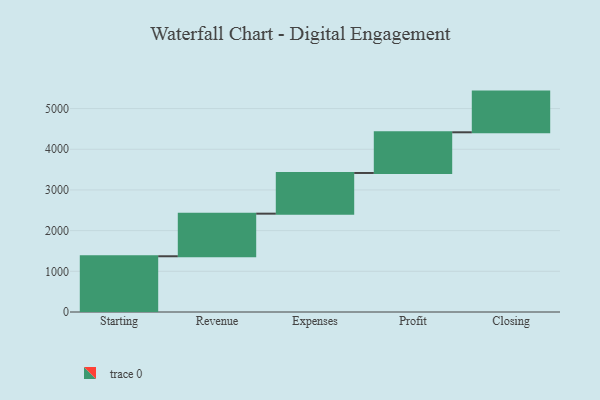
{"axis": {"x": "Step", "y": "Value"}, "legend": [""], "data": [{"x": "Starting", "y": 1370.0, "type": ""}, {"x": "Revenue", "y": 1047.0, "type": ""}, {"x": "Expenses", "y": 1000, "type": ""}, {"x": "Profit", "y": 1000, "type": ""}, {"x": "Closing", "y": 1000, "type": ""}]}